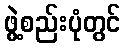
ဖွဲ့စည်းပုံတွင်